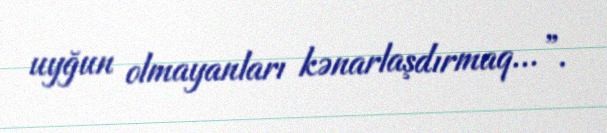
uyğun olmayanları kənarlaşdırmaq...”.